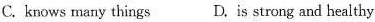
C. knows many things D. is strong and healthy